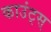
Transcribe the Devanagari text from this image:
काउंट्स्